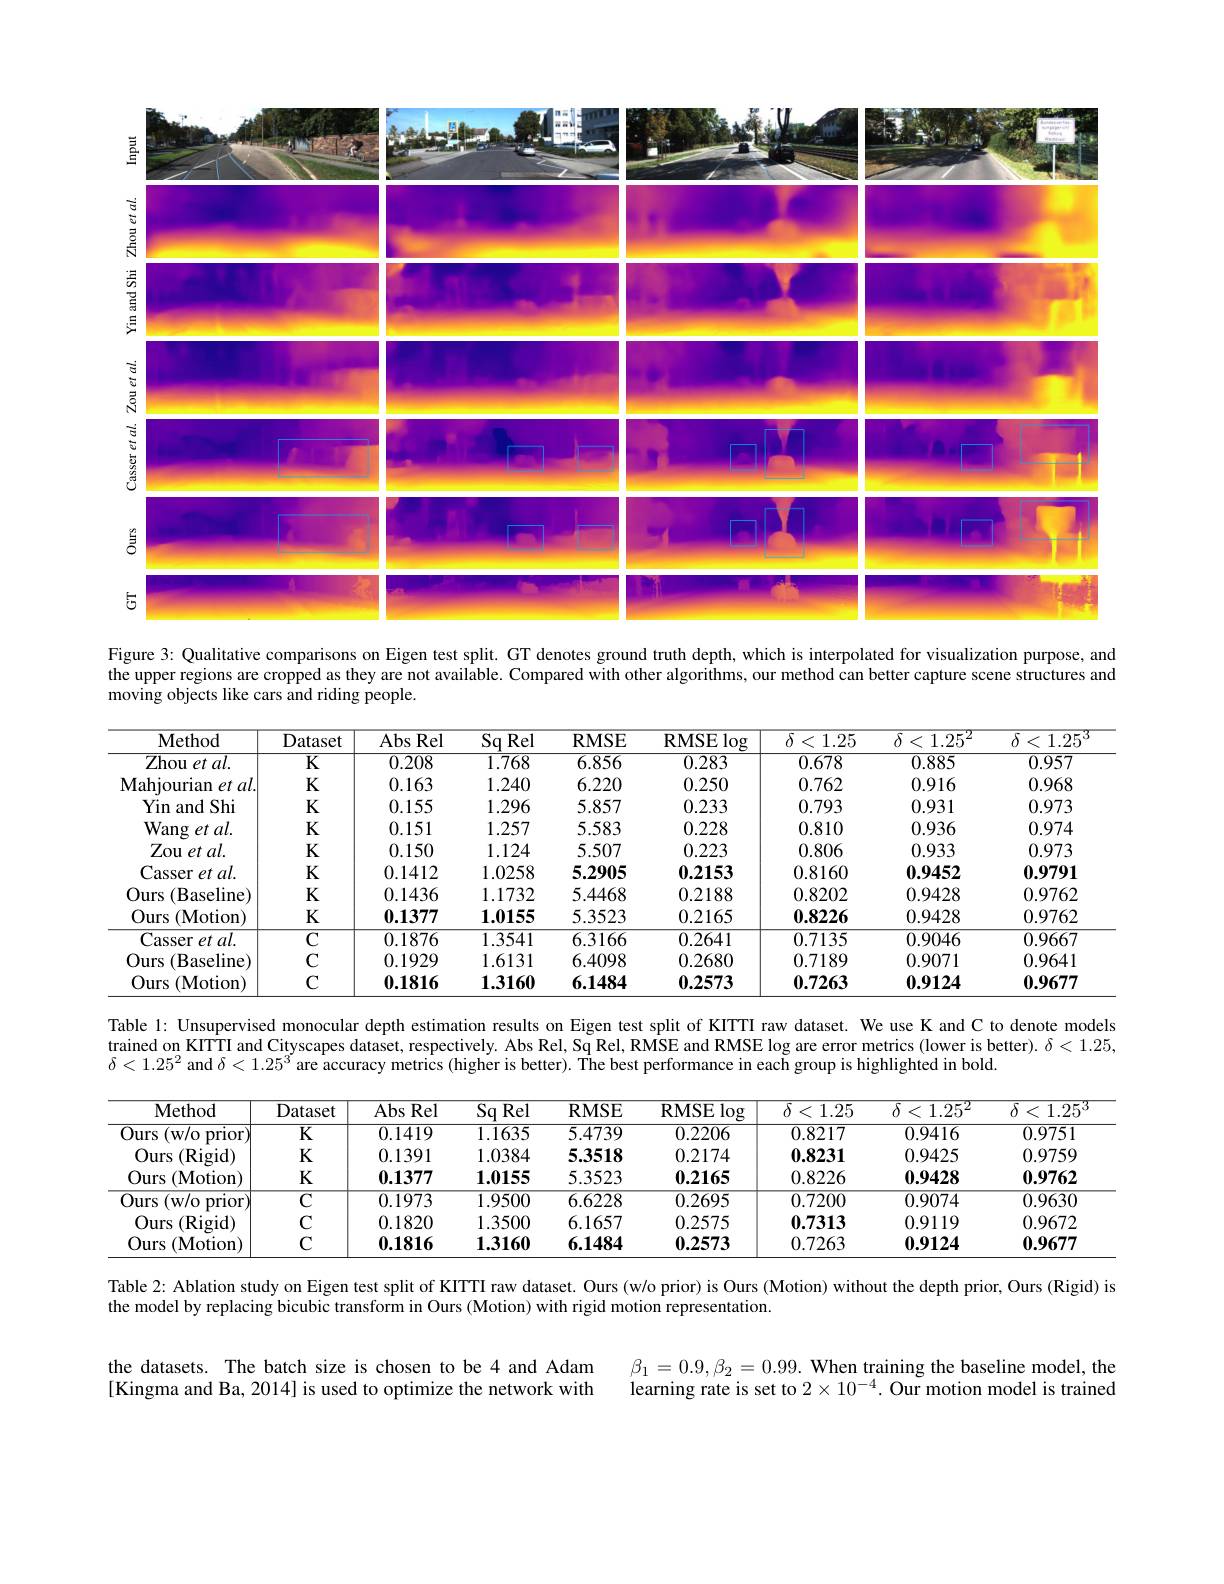
<FigureHere>
Figure 3: Qualitative comparisons on Eigen test split. GT denotes ground truth depth, which is interpolated for visualization purpose, and

the upper regions are cropped as they are not available. Compared with other algorithms, our method can better capture scene structures and
moving objects like cars and riding people.

<table>
	<tbody>
		<tr>
			<th>Method</th>
			<th>Dataset</th>
			<th>Abs Rel</th>
			<th>$Sq$ Rel</th>
			<th>$\mathbf{RMSE}$</th>
			<th>${\overline{{\mathrm{RMSE}}}\log}$</th>
			<th>$\delta<1.25$</th>
			<th>$\delta<1.25^{2}$</th>
			<th>$\delta$ 1.25 <</th>
		</tr>
		<tr>
			<td>$Z$hou et al.</td>
			<td>$\overline{\mathrm{K}}$</td>
			<td>0.208</td>
			<td>1.768</td>
			<td>6.856</td>
			<td>0.283</td>
			<td>0.678</td>
			<td>0.885</td>
			<td>0.957</td>
		</tr>
		<tr>
			<td>$\mathbf{Mahjourian}$ $et$ $al.$ </td>
			<td>K</td>
			<td>0.163</td>
			<td>1.240</td>
			<td>6.220</td>
			<td>0.250</td>
			<td>0.762</td>
			<td>0.916</td>
			<td>0.968</td>
		</tr>
		<tr>
			<td>Yin and Shi </td>
			<td>$K$</td>
			<td>0.155</td>
			<td>1.296</td>
			<td>5.857</td>
			<td>0.233</td>
			<td>0.793</td>
			<td>0.931</td>
			<td>0.973</td>
		</tr>
		<tr>
			<td>${\mathrm{Wang~et~al.}}$</td>
			<td>$K$</td>
			<td>0.151</td>
			<td>1.257</td>
			<td>5.583</td>
			<td>0.228</td>
			<td>0.810</td>
			<td>0.936</td>
			<td>0.974</td>
		</tr>
		<tr>
			<td>Zou et al. </td>
			<td>K</td>
			<td>0.150</td>
			<td>1.124</td>
			<td>5.507</td>
			<td>0.223</td>
			<td>0.806</td>
			<td>0.933</td>
			<td>0.973</td>
		</tr>
		<tr>
			<td>Casser et al.</td>
			<td>K</td>
			<td>0.1412</td>
			<td>1.0258</td>
			<td>5.2905</td>
			<td>0.2153</td>
			<td>0.8160</td>
			<td>0.9452</td>
			<td>0.9791</td>
		</tr>
		<tr>
			<td>Ours $(\mathbf{B}$a ${\mathrm{aseline}}$</td>
			<td>K</td>
			<td>0.1436</td>
			<td>1.1732</td>
			<td>5.4468</td>
			<td>0.2188</td>
			<td>0.8202</td>
			<td>0.9428</td>
			<td>0.9762</td>
		</tr>
		<tr>
			<td>Ours $(\mathbf{M}$otion</td>
			<td>$K$</td>
			<td>0.1377</td>
			<td>1.0155</td>
			<td>5.3523</td>
			<td>0.2165</td>
			<td>0.8226</td>
			<td>0.9428</td>
			<td>0.9762</td>
		</tr>
		<tr>
			<td>Casser et al. </td>
			<td>$\overline{\mathrm{C}}$</td>
			<td>0.1876</td>
			<td>1.3541</td>
			<td>6.3166</td>
			<td>0.2641</td>
			<td>0.7135</td>
			<td>0.9046</td>
			<td>0.9667</td>
		</tr>
		<tr>
			<td>Ours $(\mathbf{B}$aseline)</td>
			<td>$C$</td>
			<td>0.1929</td>
			<td>1.6131</td>
			<td>6.4098</td>
			<td>0.2680</td>
			<td>0.7189</td>
			<td>0.9071</td>
			<td>0.9641</td>
		</tr>
		<tr>
			<td>Ours $(\mathbf{M}$otion</td>
			<td>$C$</td>
			<td>0.1816</td>
			<td>1.3160</td>
			<td>6.1484</td>
			<td>0.2573</td>
			<td>0.7263</td>
			<td>0.9124</td>
			<td>0.9677</td>
		</tr>
	</tbody>
</table>

Table 1: Unsupervised monocular depth estimation results on Eigen test split of KITTI raw dataset. We use K and C to denote models

trained on KITTI and Cityscapes dataset, respectively. Abs Rel, Sq Rel, RMSE and RMSE log are error metrics (lower is better). $\delta<1.25$,

$\delta<1.25^2$ and $\delta<1.25^3$ are accuracy metrics (higher is better). The best performance in each group is highlighted in bold.

<table>
	<tbody>
		<tr>
			<th>Method</th>
			<th>Dataset</th>
			<th>Abs Rel</th>
			<th>$\overline{\mathrm{Sq}}$ Rel</th>
			<th>$\mathbf{RMSE}$</th>
			<th>${\mathrm{RMSE}\log}$</th>
			<th>$\overline{\delta<1.25}$</th>
			<th>$\overline{\delta<1.25^{2}}$</th>
			<th>$\overline{\delta<}$ 1.25 </th>
		</tr>
		<tr>
			<td>Ours (w/ o prior</td>
			<td>$\overline{\mathrm{K}}$</td>
			<td>0.1419</td>
			<td>1.1635</td>
			<td>5.4739</td>
			<td>0.2206</td>
			<td>0.8217</td>
			<td>0.9416</td>
			<td>0.9751</td>
		</tr>
		<tr>
			<td>Ours (Rigid)</td>
			<td>$K$</td>
			<td>0.1391</td>
			<td>1.0384</td>
			<td>5.3518</td>
			<td>0.2174</td>
			<td>0.8231</td>
			<td>0.9425</td>
			<td>0.9759</td>
		</tr>
		<tr>
			<td>Ours $(\mathbf{M}$otion</td>
			<td>K</td>
			<td>$\mathbf{0.1377}$</td>
			<td>1.0155</td>
			<td>5.3523</td>
			<td>$\mathbf{0.2165}$</td>
			<td>0.8226</td>
			<td>0.9428</td>
			<td>0.9762</td>
		</tr>
		<tr>
			<td>Ours (w/ o prior</td>
			<td>$\overline{\mathrm{C}}$</td>
			<td>0.1973</td>
			<td>1.9500</td>
			<td>6.6228</td>
			<td>0.2695</td>
			<td>0.7200</td>
			<td>0.9074</td>
			<td>0.9630</td>
		</tr>
		<tr>
			<td>Ours $(\mathbf{R}$igid)</td>
			<td>$C$</td>
			<td>0.1820</td>
			<td>1.3500</td>
			<td>6.1657</td>
			<td>0.2575</td>
			<td>0.7313</td>
			<td>0.9119</td>
			<td>0.9672</td>
		</tr>
		<tr>
			<td>Ours $(\mathbf{M}$otion</td>
			<td>$C$</td>
			<td>0.1816</td>
			<td>1.3160</td>
			<td>6.1484</td>
			<td>0.2573</td>
			<td>0.7263</td>
			<td>0.9124</td>
			<td>0.9677</td>
		</tr>
	</tbody>
</table>

Table 2: Ablation study on Eigen test split of KITTI raw dataset. Ours (w/o prior) is Ours (Motion) without the depth prior, Ours (Rigid) is

the model by replacing bicubic transform in Ours (Motion) with rigid motion representation.

the datasets. The batch size is chosen to be 4 and Adam [Kingma and Ba, 2014] is used to optimize the network with

$\beta_{1}=0.9,\beta_{2}=0.99.$ When training the baseline model, the learning rate is set to $2\times10^{-4}.$ Our motion model is trained